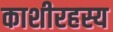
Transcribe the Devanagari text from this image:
काशीरहस्य